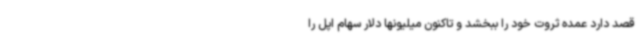
قصد دارد عمده ثروت خود را ببخشد و تاکنون میلیونها دلار سهام اپل را